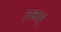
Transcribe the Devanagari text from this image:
तव्यत्